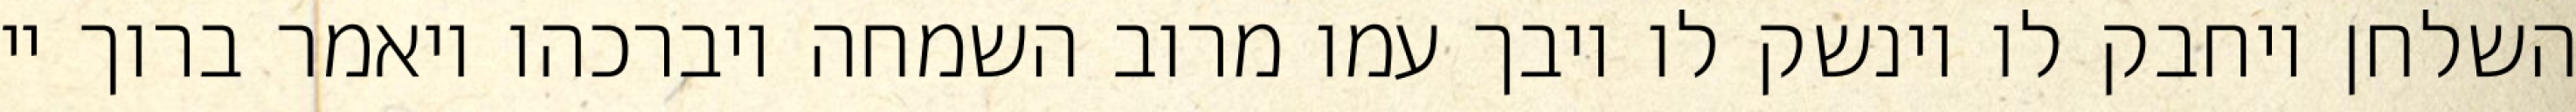
השלחן ויחבק לו וינשק לו ויבך עמו מרוב השמחה ויברכהו ויאמר ברוך יי